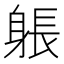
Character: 躼